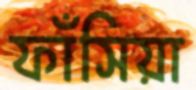
ফাঁসিয়া